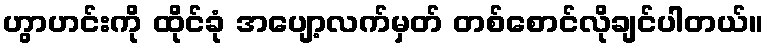
ဟွာဟင်းကို ထိုင်ခုံ အပျော့လက်မှတ် တစ်စောင်လိုချင်ပါတယ်။